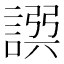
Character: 𧩿